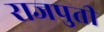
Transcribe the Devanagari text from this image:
राजपुती